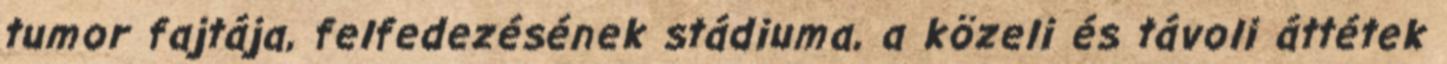
tumor fajtája, felfedezésének stádiuma, a közeli és távoli áttétek